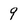
Character: 9